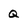
Character: Q